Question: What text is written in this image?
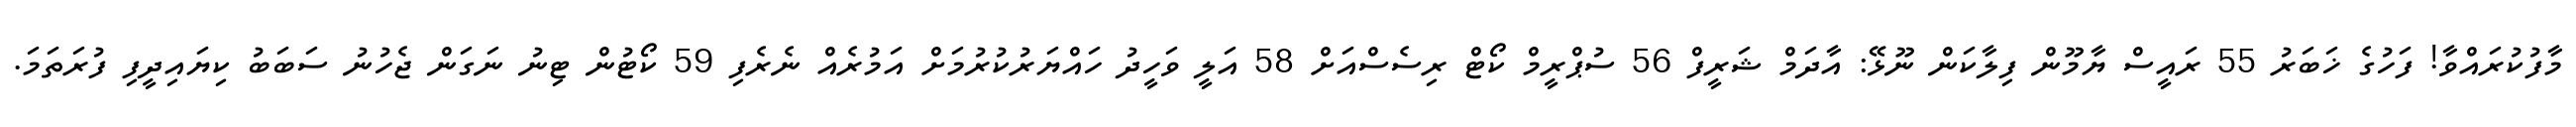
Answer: މާފުކުރައްވާ! ފަހުގެ ޚަބަރު 55 ރައީސް ޔާމޫން ފިލާކަން ނޫޅޭ: އާދަމް ޝަރީފް 56 ސުޕްރީމް ކޯޓް ރިސެސްއަށް 58 އަލީ ވަހީދު ހައްޔަރުކުރުމަށް އަމުރެއް ނެރެފި 59 ކޯޓުން ޓިނު ނަގަން ޖެހުނު ސަބަބު ކިޔައިދީފި ފުރަތަމަ.